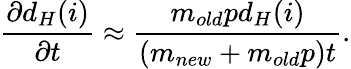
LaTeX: \frac{\partial d_{H}(i)}{\partial t}\approx\frac{m_{old}pd_{H}(i)}{(m_{new}+m_{old}p)t}.